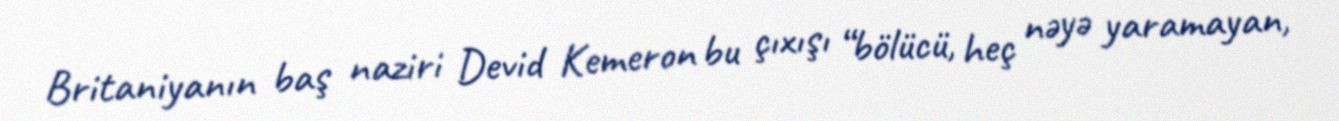
Britaniyanın baş naziri Devid Kemeron bu çıxışı “bölücü, heç nəyə yaramayan,